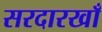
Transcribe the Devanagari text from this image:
सरदारखाँ